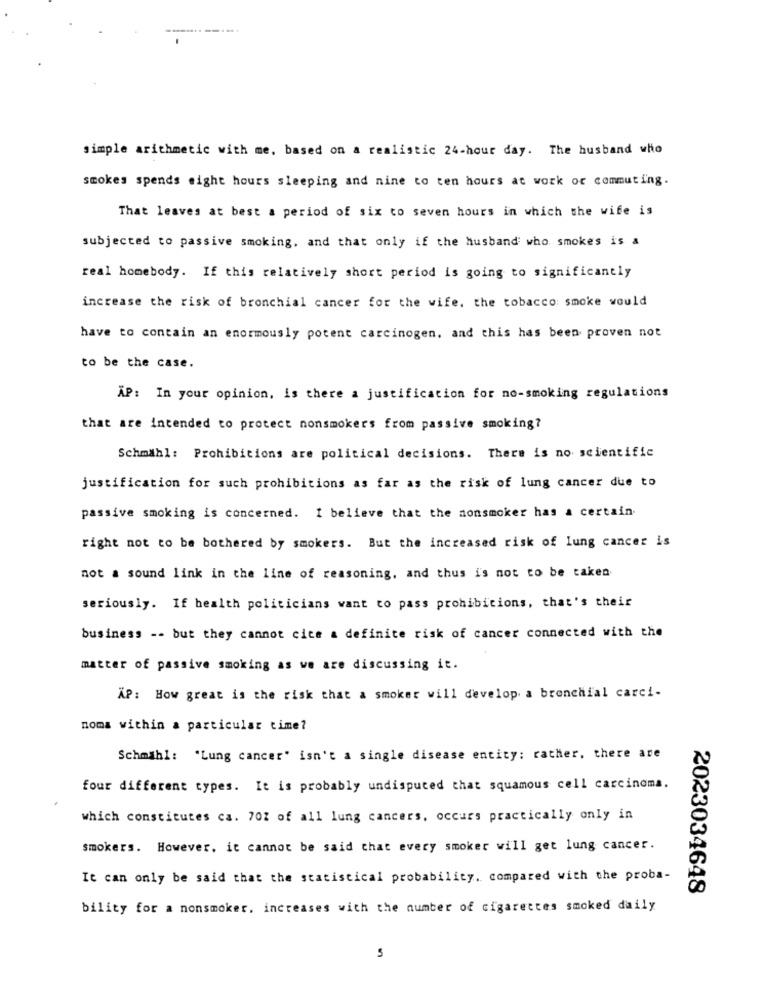
simple arithmetic with me, based on a realistic 24-hour day. The husband who
smokes spends eight hours sleeping and nine to ten hours at work or commuting.
That leaves at best a period of six to seven hours in which the wife is
subjected to passive smoking, and that only if the husband who smokes is a
real homebody. If this relatively short period is going to significantly
increase the risk of bronchial cancer for the wife, the tobacco smoke would
have to contain an enormously potent carcinogen, and this has been proven not
to be the case.
AP: In your opinion, is there a justification for no-smoking regulations
that are intended to protect nonsmokers from passive smoking?
Schmähl: Prohibitions are political decisions. There is no scientific
justification for such prohibitions as far as the risk of lung cancer due to
passive smoking is concerned. I believe that the nonsmoker has a certain.
right not to be bothered by smokers. But the increased risk of lung cancer is
not a sound link in the line of reasoning, and thus is not to be taken
seriously. If health politicians want to pass prohibitions, that's their
business -- but they cannot cice a definite risk of cancer connected with the
matter of passive smoking as we are discussing it.
XP: How great is the risk that a smoker will develop a bronchial carci-
noma within a particular time?
Schmähl: "Lung cancer" isn't a single disease entity: rather, there are
four different types. It is probably undisputed that squamous cell carcinoma.
which constitutes ca. 70% of all lung cancers, occurs practically only in
smokers. However, it cannot be said that every smoker will get lung cancer.
It can only be said that the statistical probability. compared with the proba-
2023034648
bility for a nonsmoker. increases with the number of cigarettes smoked daily
5